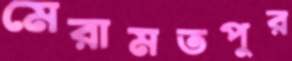
মেরামতপুর